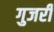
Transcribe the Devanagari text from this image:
गुजरीं